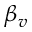
\beta _ { v }